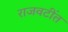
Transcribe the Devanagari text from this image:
राजवटींत